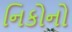
નિકોનો